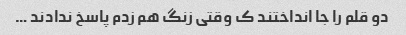
دو قلم را جا انداختند ک وقتی زنگ هم زدم پاسخ ندادند …